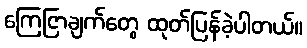
ကြေငြာချက်တွေ ထုတ်ပြန်ခဲ့ပါတယ်။